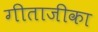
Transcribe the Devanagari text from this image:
गीताजीका